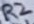
Text: R2